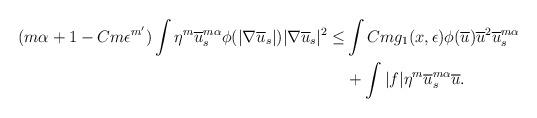
LaTeX: \begin{align*} (m\alpha+1-Cm\epsilon^{m'})\int \eta^m\overline{u}_s^{m\alpha}\phi(|\nabla \overline{u}_s|)|\nabla \overline{u}_s|^2 \le& \int Cmg_1(x,\epsilon)\phi(\overline{u})\overline{u}^2\overline{u}_s^{m\alpha} \\ &+\int |f|\eta^m\overline{u}_s^{m\alpha}\overline{u} . \end{align*}